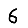
Digit: 6